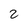
Character: 2